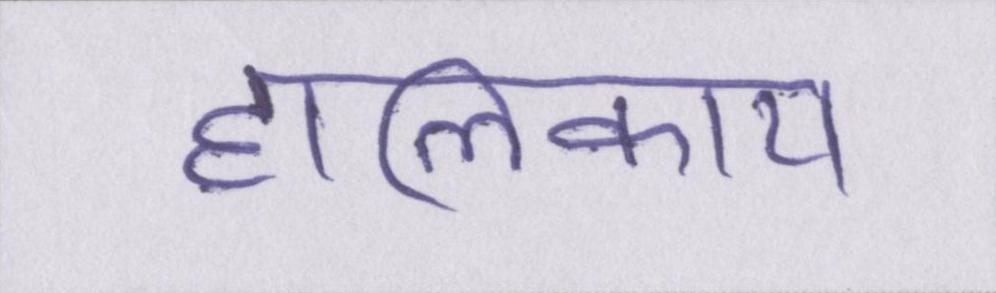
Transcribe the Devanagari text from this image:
हालिकाय